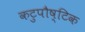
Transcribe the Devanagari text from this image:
कटुपौष्टिक